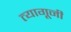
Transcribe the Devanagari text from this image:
त्यागूनी